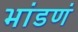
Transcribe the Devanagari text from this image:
भांडणं